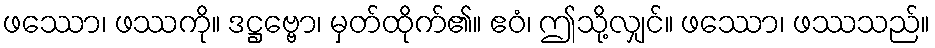
ဖဿော၊ ဖဿကို။ ဒဋ္ဌဗ္ဗော၊ မှတ်ထိုက်၏။ ဧဝံ၊ ဤသို့လျှင်။ ဖဿော၊ ဖဿသည်။